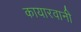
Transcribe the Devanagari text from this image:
कायारवानी